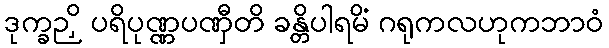
ဒုက္ခဉှိ ပရိပုဏ္ဏပဏှီတိ ခန္တိပါရမိံ ဂရုကလဟုကဘာဝံ